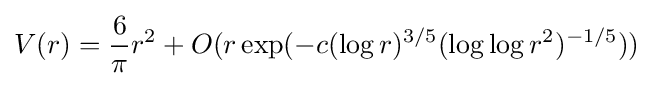
V(r)={\frac {6}{\pi }}r^{2}+O(r\exp(-c(\log r)^{3/5}(\log \log r^{2})^{-1/5}))